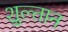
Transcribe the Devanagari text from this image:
शुल्तान